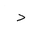
Letter: _dal